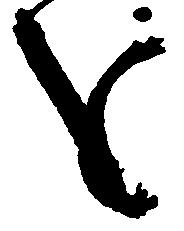
を